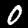
Digit: 0